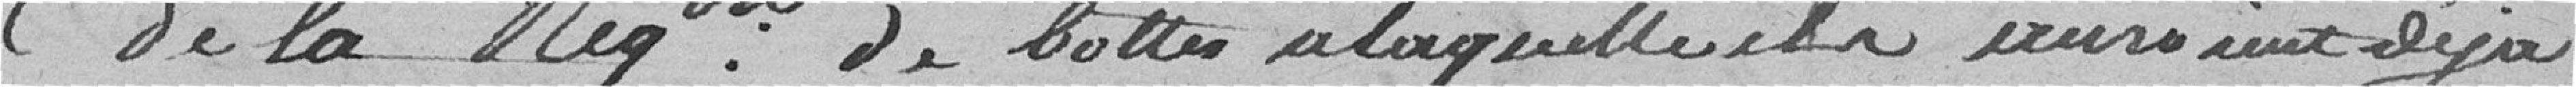
de la Réquisition de bottes à laquelle ils auraient déjà